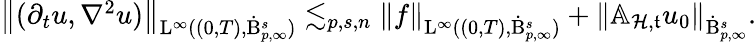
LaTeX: \begin{array}{r}{\left\lVert(\partial_{t}u,\nabla^{2}u)\right\rVert_{\mathrm{L}^{\infty}((0,T),\dot{\mathrm{B}}_{p,\infty}^{s})}\lesssim_{p,s,n}\left\lVert f\right\rVert_{\mathrm{L}^{\infty}((0,T),\dot{\mathrm{B}}_{p,\infty}^{s})}+\left\lVert\mathbb{A}_{\mathcal{H},\mathfrak{t}}u_{0}\right\rVert_{\dot{\mathrm{B}}_{p,\infty}^{s}}.}\end{array}